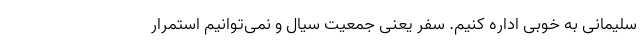
سلیمانی به خوبی اداره کنیم. سفر یعنی جمعیت سیال و نمی‌توانیم استمرار